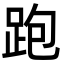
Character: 跑